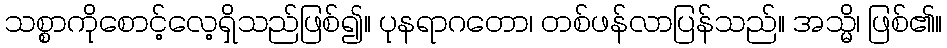
သစ္စာကိုစောင့်လေ့ရှိသည်ဖြစ်၍။ ပုနရာဂတော၊ တစ်ဖန်လာပြန်သည်။ အသ္မိ၊ ဖြစ်၏။